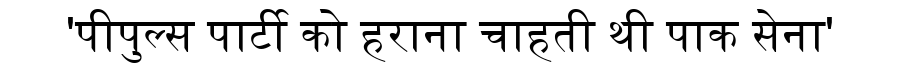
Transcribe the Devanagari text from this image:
'पीपुल्स पार्टी को हराना चाहती थी पाक सेना'